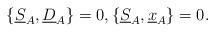
LaTeX: \begin{align*}\{\underline{S}_{A}, \underline{D}_{A}\}=0,\{\underline{S}_{A},\underline{x}_{A}\}=0.\end{align*}